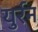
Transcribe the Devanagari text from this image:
युर्रन